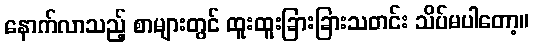
နောက်လာသည့် စာများတွင် ထူးထူးခြားခြားသတင်း သိပ်မပါတော့။